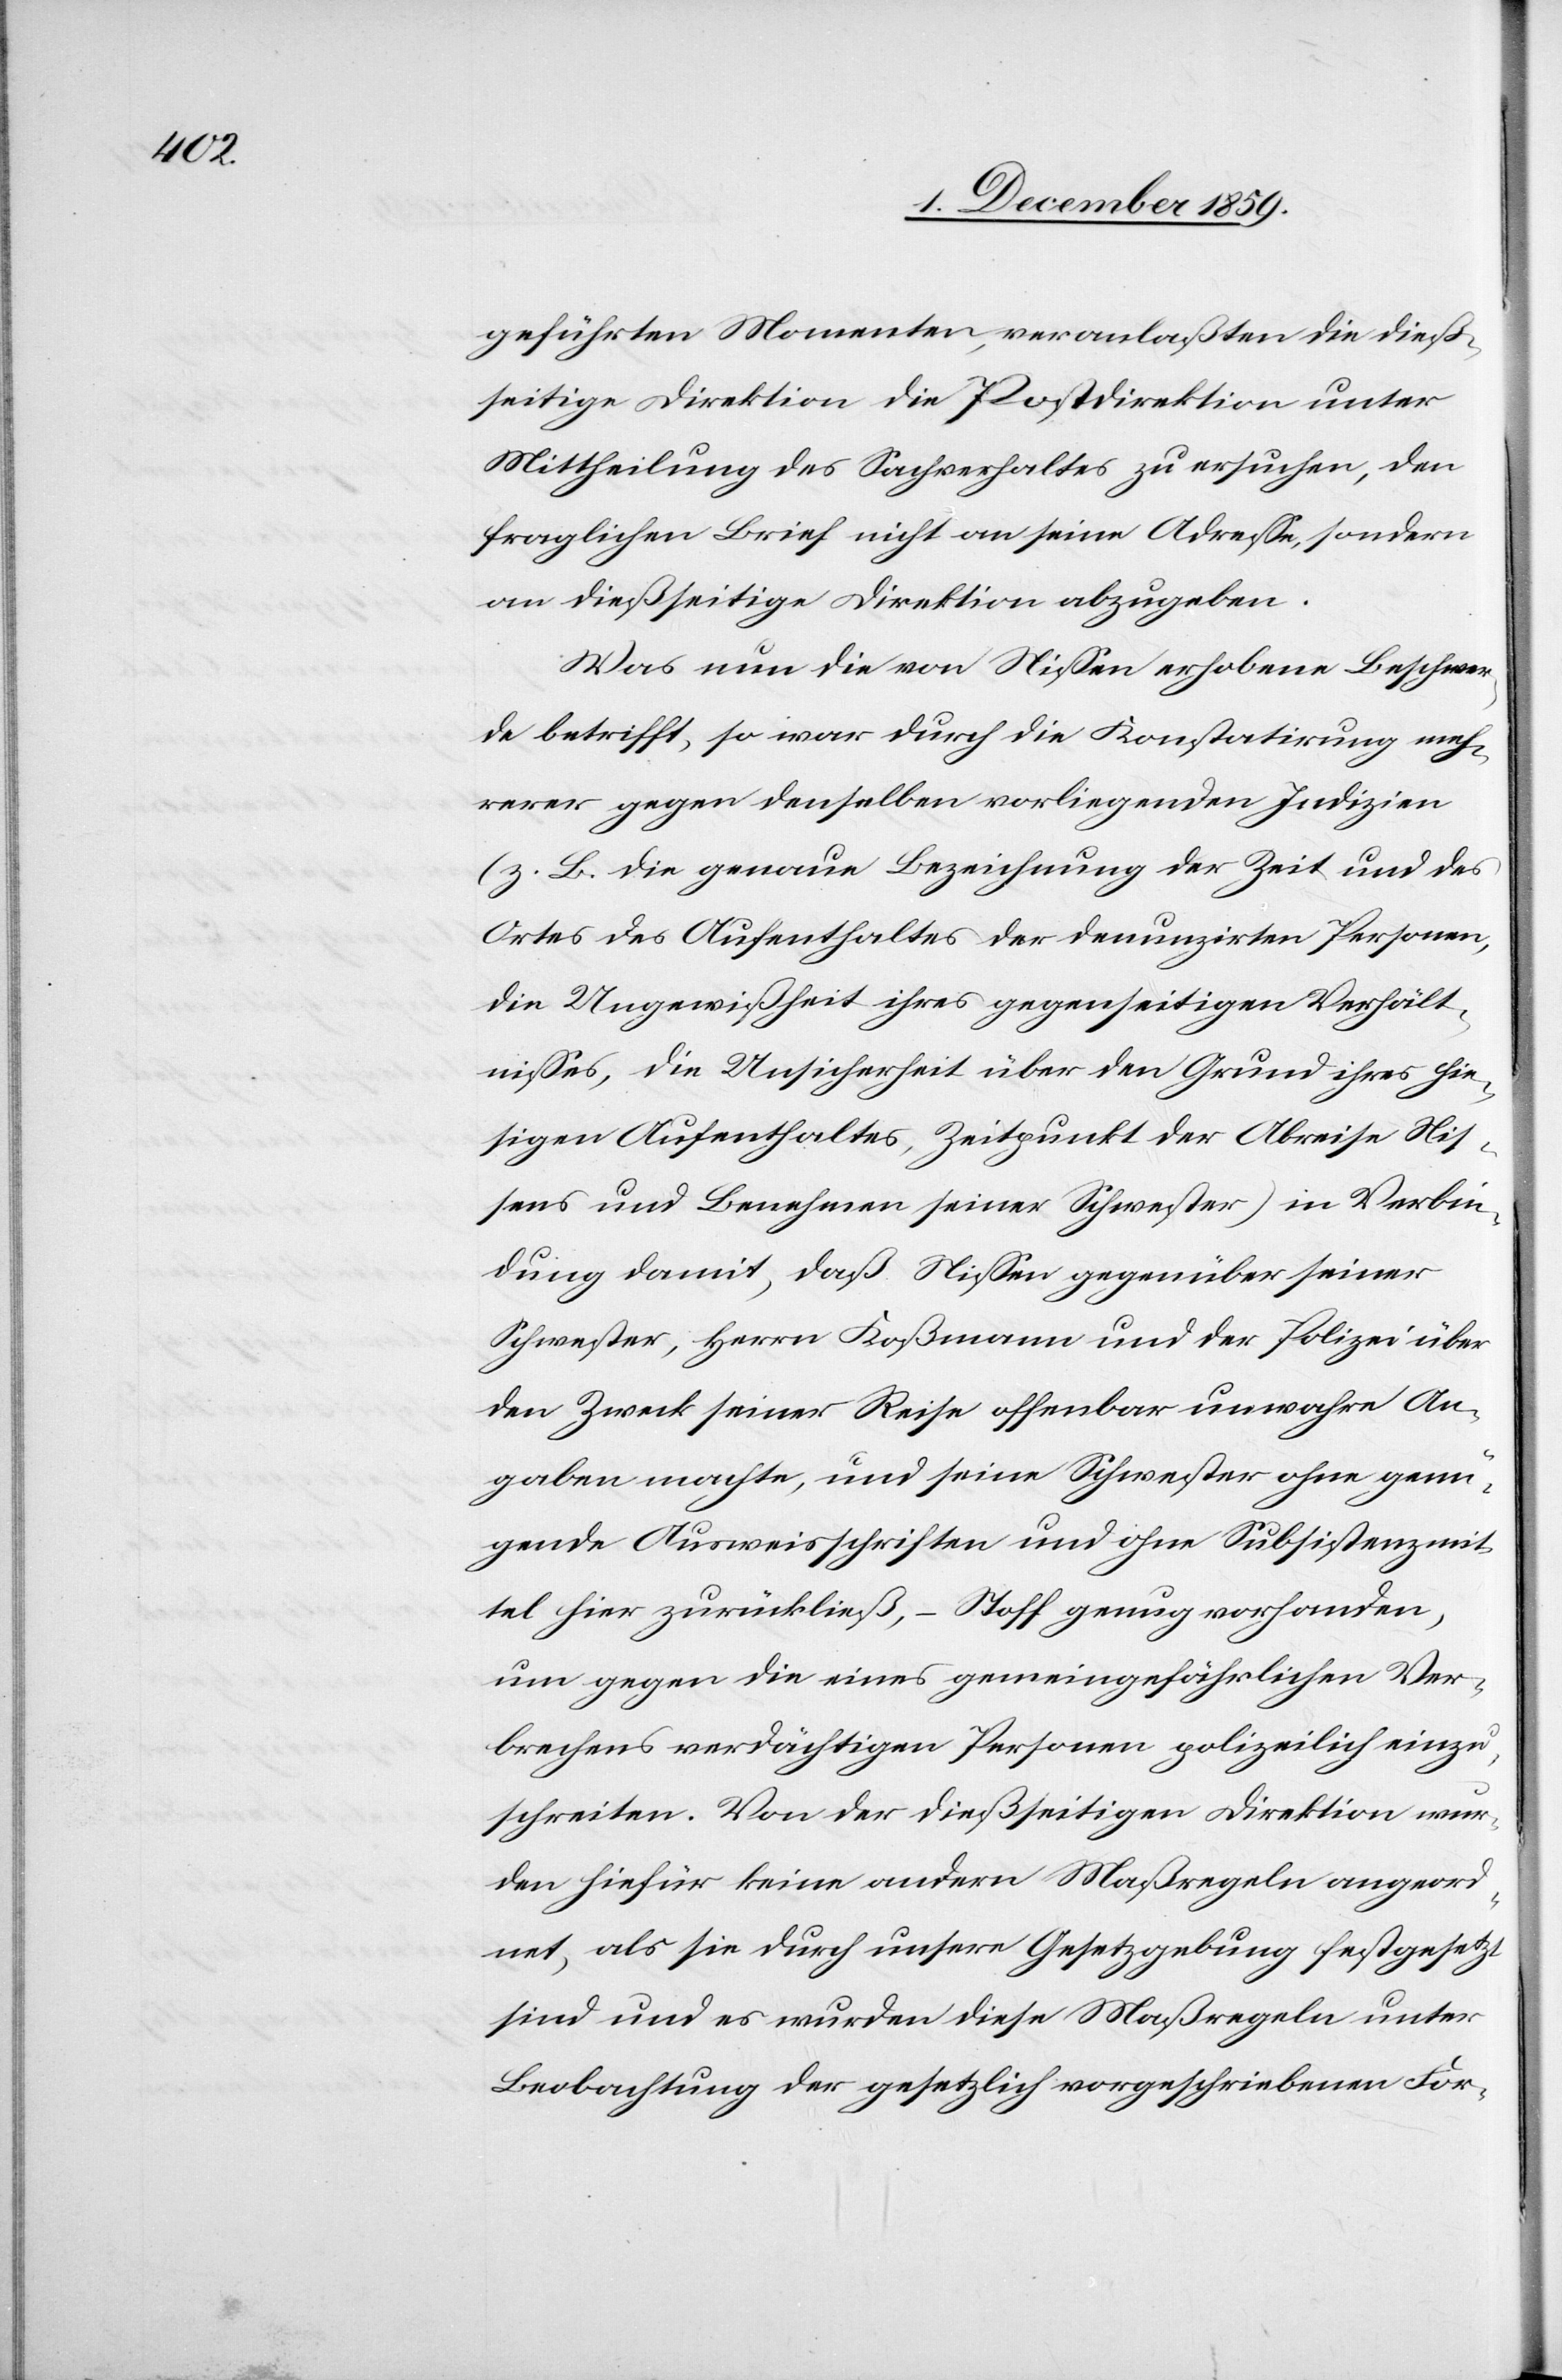
geführten Momenten, veranlaßten die dieß¬
seitige Direktion die Postdirektion unter
Mittheilung des Sachverhaltes zu ersuchen, den
fraglichen Brief nicht an seine Adresse, sondern
an dießseitige Direktion abzugeben.
Was nun die von Niessen erhobene Beschwer¬
de betrifft, so war durch die Konstatirung meh¬
rerer gegen denselben vorliegenden Indizien
(z. B. die genaue Bezeichnung der Zeit und des
Ortes des Aufenthaltes der denunzirten Personen,
die Ungewißheit ihres gegenseitigen Verhält¬
nisses, die Unsicherheit über den Grund ihres hie¬
sigen Aufenthaltes, Zeitpunkt der Abreise Nies¬
sens und Benehmen seiner Schwester) in Verbin¬
dung damit, daß Niessen gegenüber seiner
Schwester, Herrn Koßmann und der Polizei über
den Zweck seiner Reise offenbar unwahre An¬
gaben machte, und seine Schwester ohne genü¬
gende Ausweisschriften und ohne Subsistenzmit¬
tel hier zurückließ, – Stoff genug vorhanden,
um gegen die eines gemeingefährlichen Ver¬
brechens verdächtigten Personen polizeilich einzu¬
schreiten. Von der dießseitigen Direktion wur¬
den hiefür keine andern Maßregeln angeord¬
net, als sie durch unsere Gesetzgebung festgesetzt
sind und es wurden diese Maßregeln unter
Beobachtung der gesetzlich vorgeschriebenen For-